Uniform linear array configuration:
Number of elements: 48
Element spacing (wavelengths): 0.75
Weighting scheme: blackman
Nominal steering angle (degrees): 15
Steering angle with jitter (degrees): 15.202
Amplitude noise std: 0.05
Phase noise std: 0.05

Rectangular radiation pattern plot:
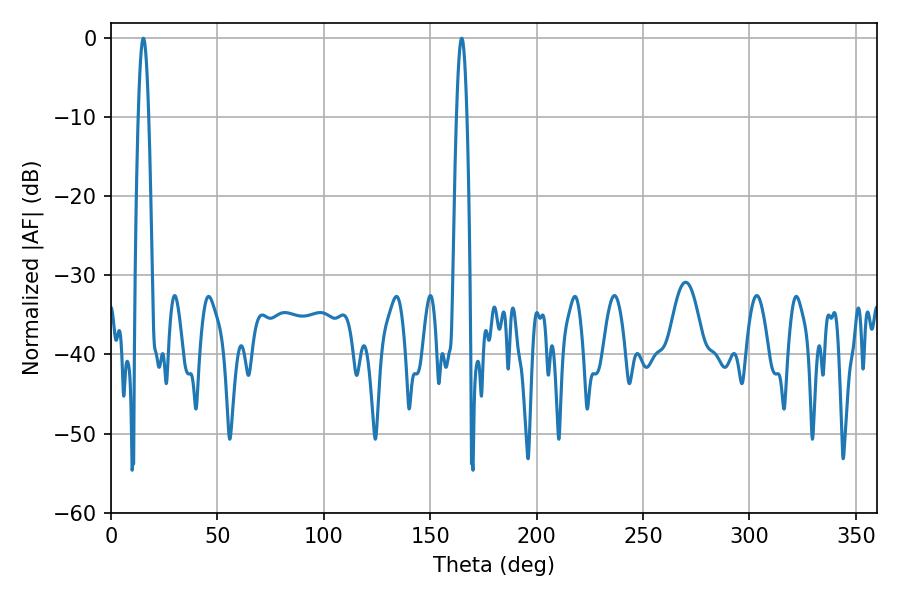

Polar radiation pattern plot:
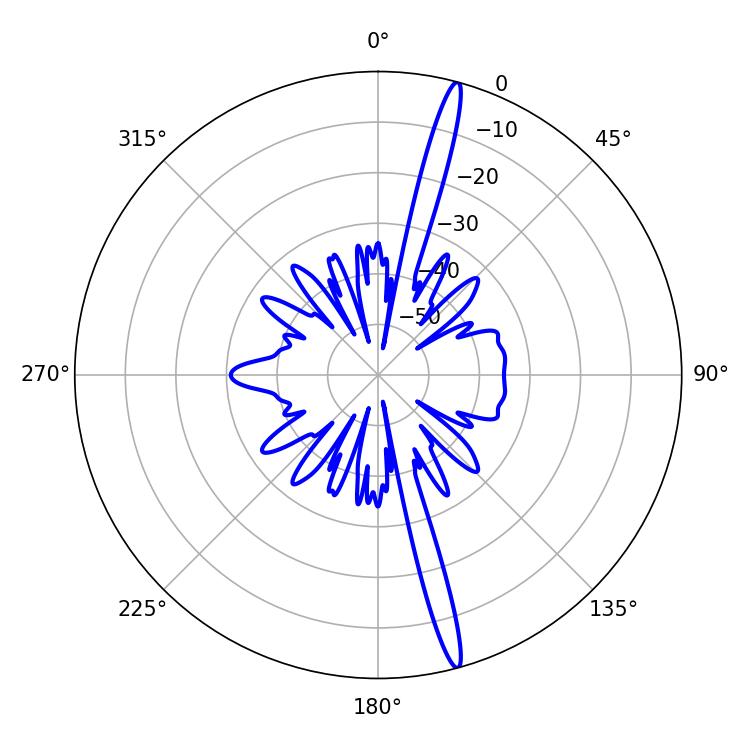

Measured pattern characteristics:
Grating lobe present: TRUE
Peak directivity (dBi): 18.692
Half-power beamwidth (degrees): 2.7
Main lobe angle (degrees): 164.88